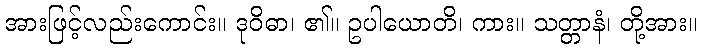
အားဖြင့်လည်းကောင်း။ ဒုဝိဓာ၊ ၏။ ဥပါယောတိ၊ ကား။ သတ္တာနံ၊ တို့အား။